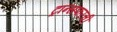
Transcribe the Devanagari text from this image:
ट्रान्सफरची